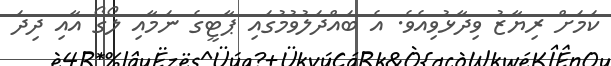
ކަމަށް ރިޔާޒު ވިދާޅުވިއެވެ. އެ ބައްދަލުވުމުގައި ޕާޓީގެ ނަމާއި ލޯގޯ އާއި ދިދަ